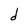
Character: d